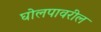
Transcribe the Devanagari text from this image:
घोलपावरील